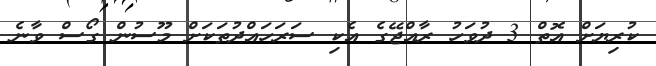
ކުރިޔަށް އޮތް 3 ދުވަހު ރާއްޖޭގެ އެކި ސަރަހައްދުތަކަށް މޫސުން ގޯސް ވާނެ